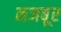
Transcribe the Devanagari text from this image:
नजबूर